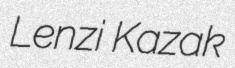
Lenzi Kazak